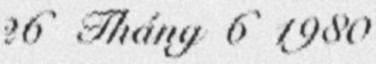
26 Tháng 6 1980